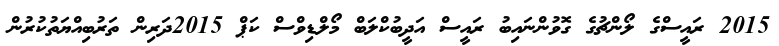
2015 ރައީސްގެ ލޯންޗުގެ ގޮވުންނައިބު ރައީސް އަދީބުކްލަބް މޯލްޑިވްސް ކަޕް 2015ދަރިން ތަރުބިއްޔަތުކުރުން